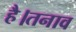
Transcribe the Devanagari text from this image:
है।तनाव